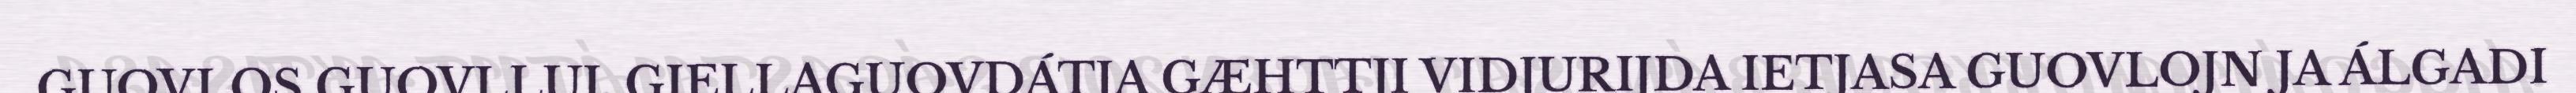
GUOVLOS GUOVLLUJ. GIELLAGUOVDÁTJA GÆHTTJI VIDJURIJDA IETJASA GUOVLOJN JA ÁLGADI